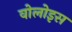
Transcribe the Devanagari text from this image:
वोलोइस